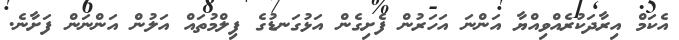
އެކަމް އިރާދަކުރެއްވިއްޔާ އަންނަ އަހަރުން ފެށިގެން އަޅުގަނޑުގެ ފިލްމުތައް އަލުން އަންނަން ފަށާނެ.